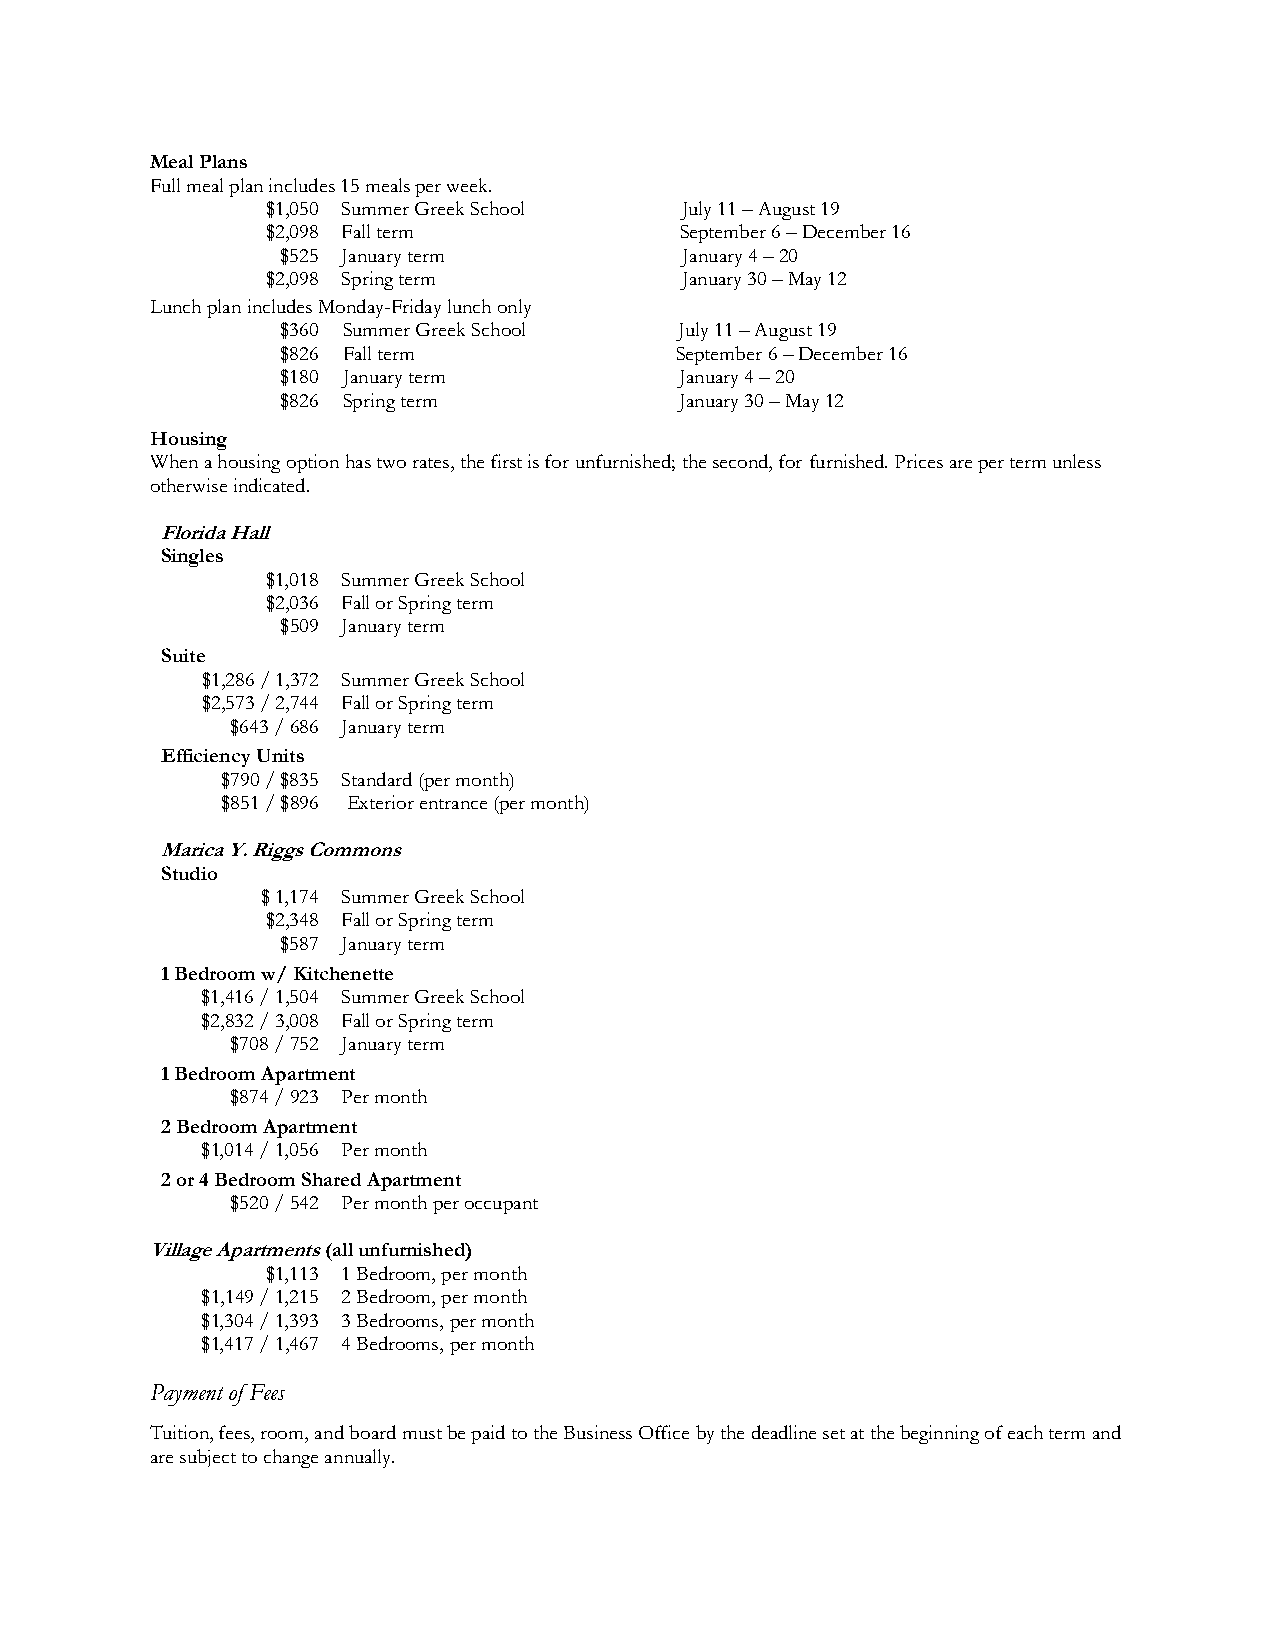
Meal Plans
 Full meal plan includes 15 meals per week.
 $1,050 Summer Greek School July 11 – August 19
 $2,098 Fall term           September 6 – December 16
 $525 January term         January 4 – 20
 $2,098 Spring term         January 30 – May 12
 Lunch plan includes Monday-Friday lunch only
 $360 Summer Greek School  July 11 – August 19
 $826 Fall term            September 6 – December 16
 $180 January term         January 4 – 20
 $826 Spring term          January 30 – May 12
 Housing
 When a housing option has two rates, the first is for unfurnished; the second, for furnished. Prices are per term unless
 otherwise indicated.
 Florida Hall
 Singles
 $1,018 Summer Greek School
 $2,036 Fall or Spring term
 $509 January term
 Suite
 $1,286 / 1,372 Summer Greek School
 $2,573 / 2,744 Fall or Spring term
 $643 / 686 January term
 Efficiency Units
 $790 / $835 Standard (per month)
 $851 / $896 Exterior entrance (per month)
 Marica Y. Riggs Commons
 Studio
 $ 1,174 Summer Greek School
 $2,348 Fall or Spring term
 $587 January term
 1 Bedroom w/ Kitchenette
 $1,416 / 1,504 Summer Greek School
 $2,832 / 3,008 Fall or Spring term
 $708 / 752 January term
 1 Bedroom Apartment
 $874 / 923 Per month
 2 Bedroom Apartment
 $1,014 / 1,056 Per month
 2 or 4 Bedroom Shared Apartment
 $520 / 542 Per month per occupant
 Village Apartments (all unfurnished)
 $1,113 1 Bedroom, per month
 $1,149 / 1,215 2 Bedroom, per month
 $1,304 / 1,393 3 Bedrooms, per month
 $1,417 / 1,467 4 Bedrooms, per month
 Payment of Fees
 Tuition, fees, room, and board must be paid to the Business Office by the deadline set at the beginning of each term and
 are subject to change annually.